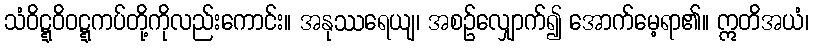
သံဝိဋ္ဋဝိဝဋ္ဋကပ်တို့ကိုလည်းကောင်း။ အနုဿရေယျ၊ အစဉ်လျှောက်၍ အောက်မေ့ရာ၏။ ဣတိအယံ၊